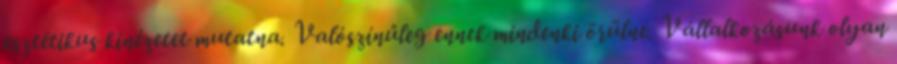
esztétikus kinézetet mutatna. Valószínűleg ennek mindenki örülne. Vállalkozásunk olyan